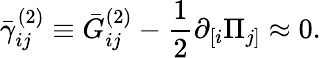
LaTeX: \bar{\gamma}_{ij}^{(2)}\equiv\bar{G}_{ij}^{(2)}-\frac 12\partial_{\left[i\right.}\Pi_{\left.j\right]}\approx 0.